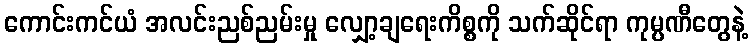
ကောင်းကင်ယံ အလင်းညစ်ညမ်းမှု လျှော့ချရေးကိစ္စကို သက်ဆိုင်ရာ ကုမ္ပဏီတွေနဲ့